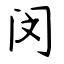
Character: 闵